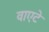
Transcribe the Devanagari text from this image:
वाएटे